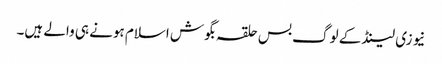
نیوزی لینڈ کے لوگ بس حلقہ بگوش اسلام ہونے ہی والے ہیں۔